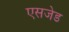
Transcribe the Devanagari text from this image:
एसजेड